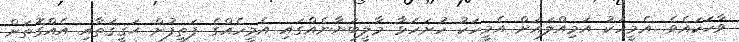
ވާހަކައެވެ. އެމީހަކު އަމިއްލައަށް އެމީހަކު ހުށަހަޅާ މާލީބަޔާނެއްގައި އެމީހެއްގެ ފަތިފުށް ޙަޤީޤަތާއި އެއްގޮތަށް